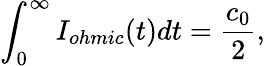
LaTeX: \int_{0}^{\infty}I_{ohmic}(t)dt=\frac{c_{0}}{2},